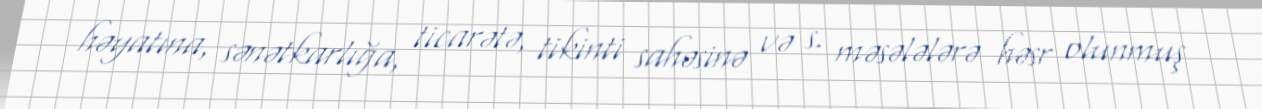
həyatına, sənətkarlığa, ticarətə, tikinti sahəsinə və s. məsələlərə həsr olunmuş